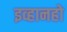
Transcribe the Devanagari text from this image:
इव्हानहो